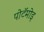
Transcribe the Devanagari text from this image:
पोटॅमोइ